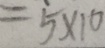
= 5 \times 1 0